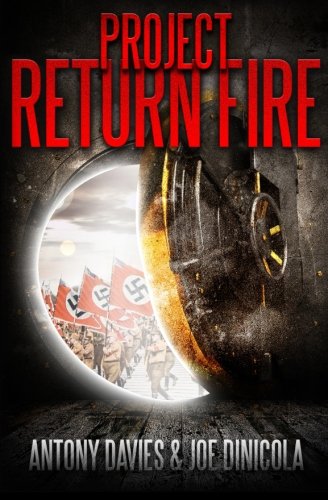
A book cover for Project Return Fire: A Time Travel Action Adventure; Antony Davies; Science Fiction & Fantasy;